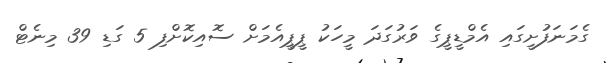
ގެމަނަފުށީގައި އެމްޑީޕީގެ ވަރުގަދަ މީހަކު ޕީޕީއެމަށް ސޮއިކޮށްފި 5 ގަޑި 39 މިނެޓް